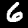
Label: 6